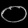
Digit: ၀